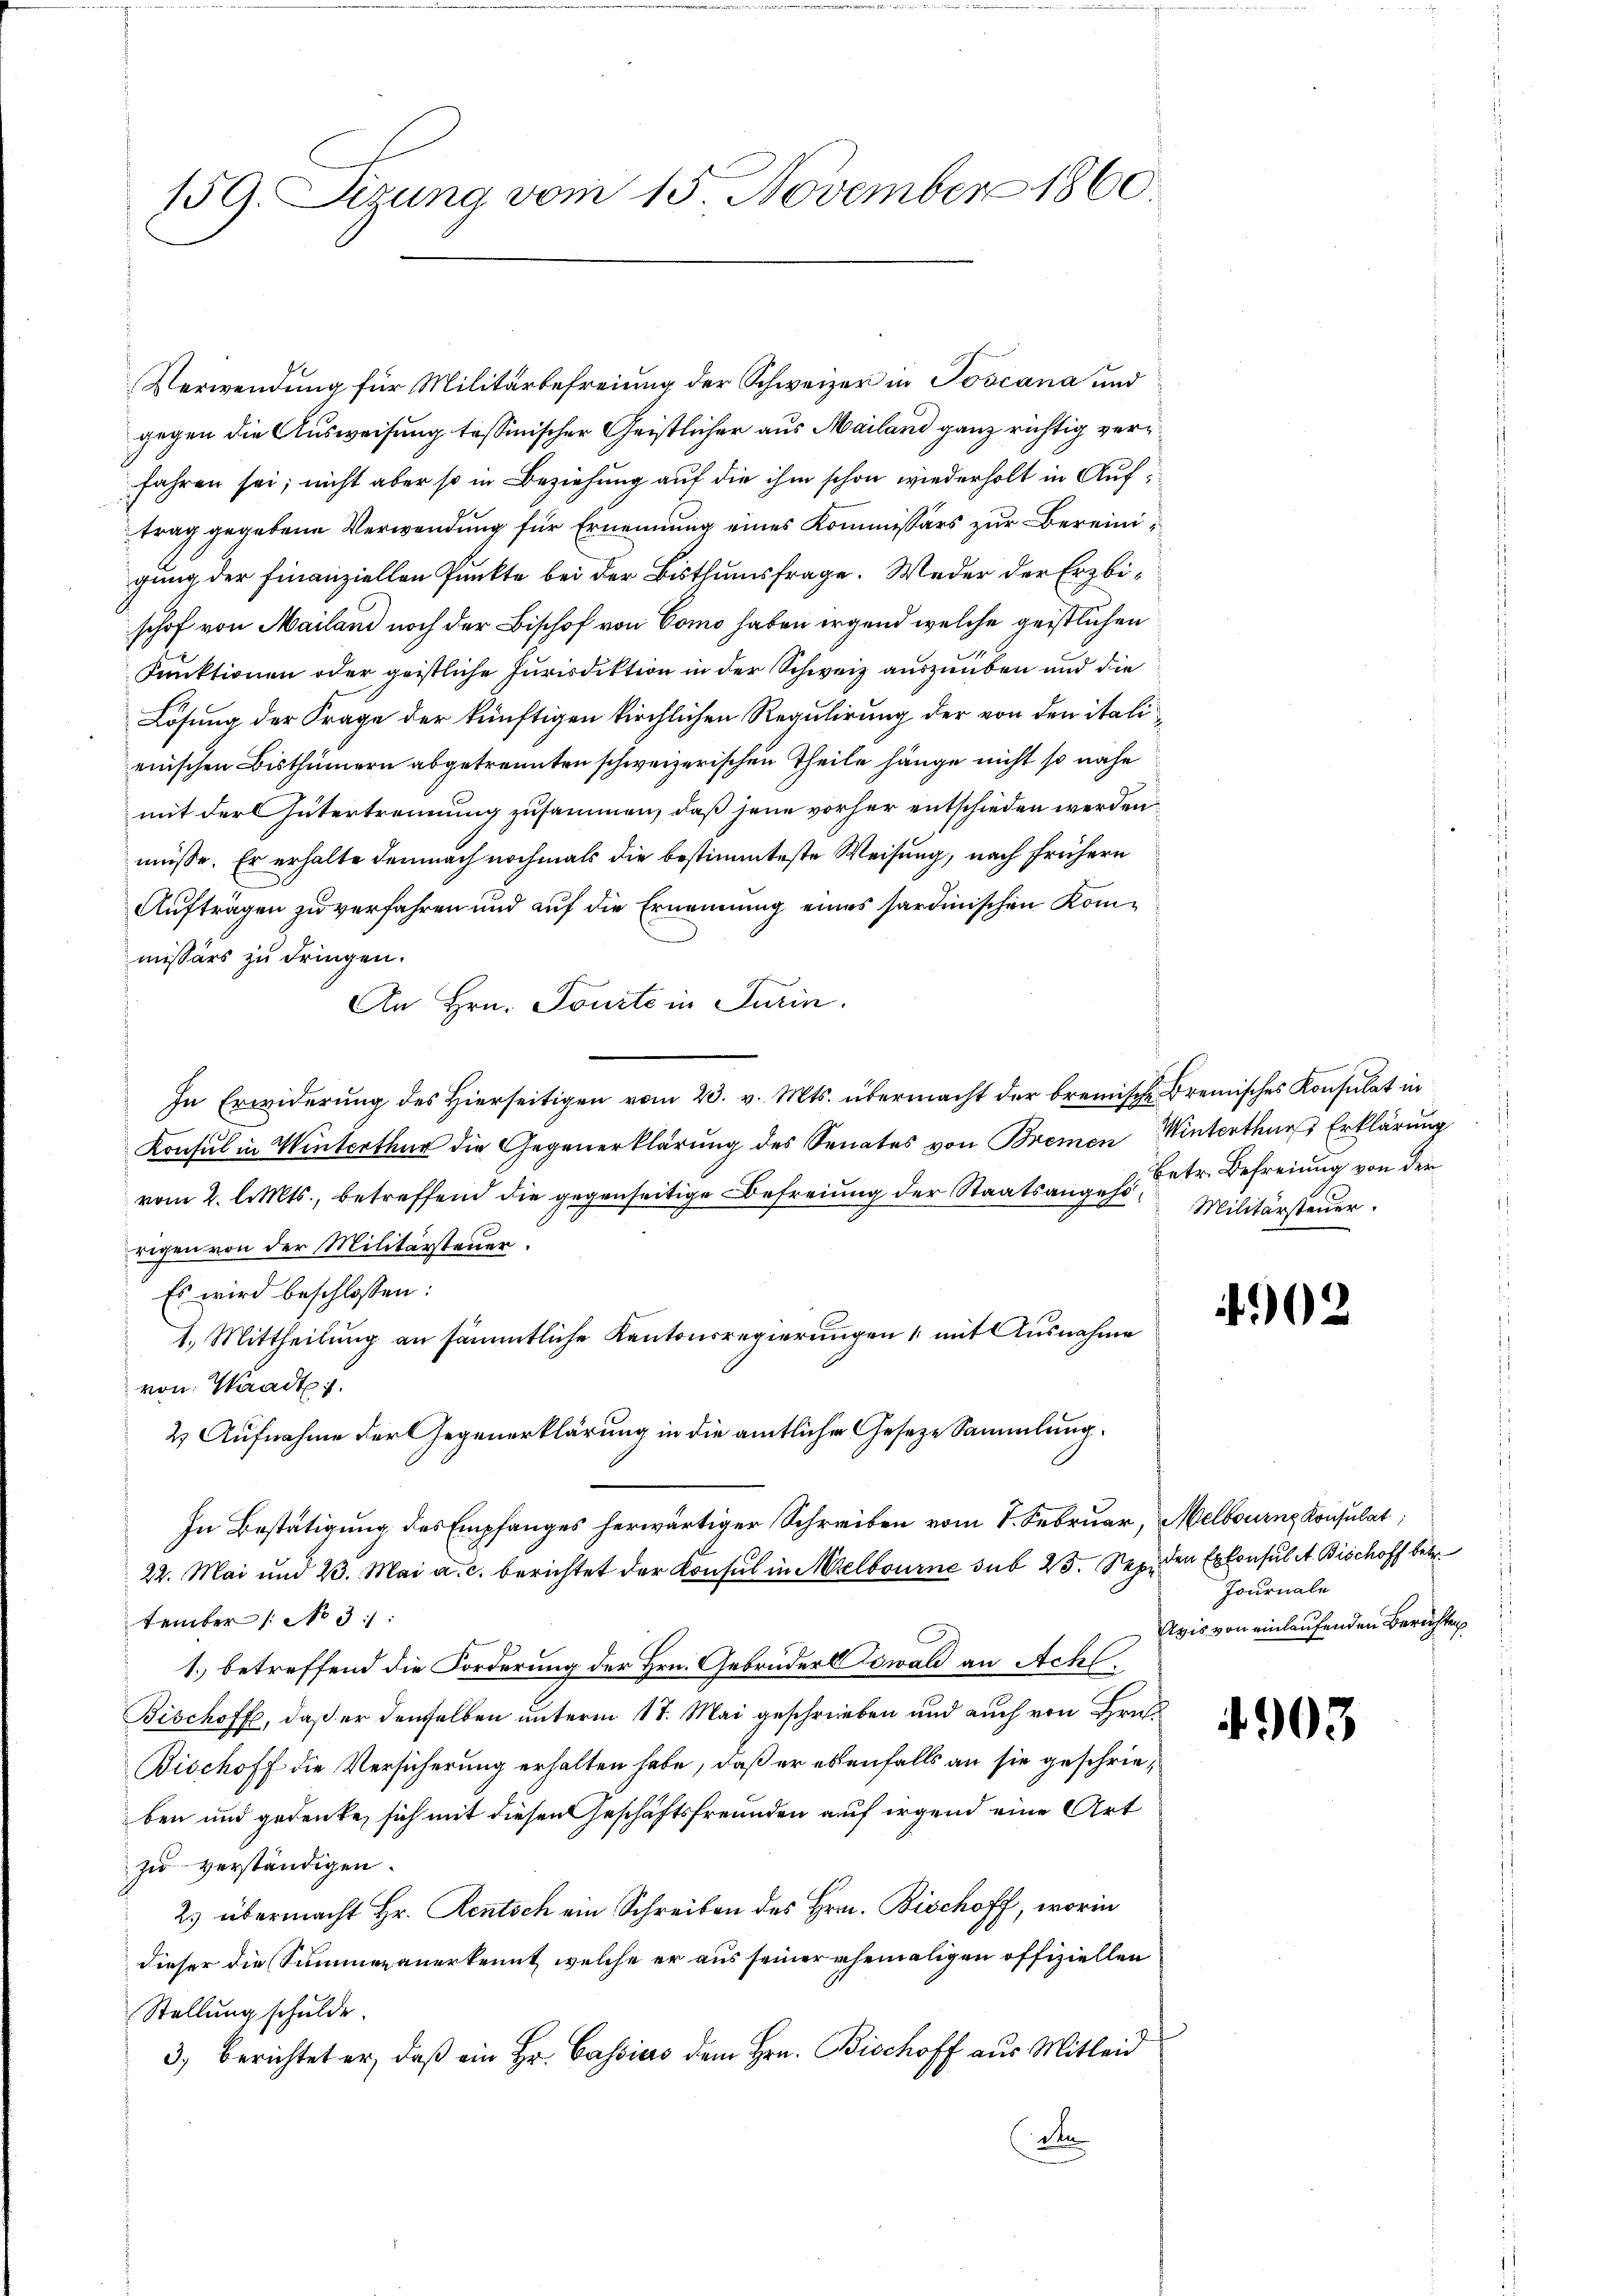
159. Sizung vom 15. November 1860

Verwendung für Militärbefreiung der Schweizer in Toscana und
gegen die Ausweisung tessinischer Geistlicher aus Mailand ganz richtig verfahren sei; nicht aber so in Beziehung auf die ihm schon wiederholt in Auftrag gegebene Verwendung für Ernennung eines Kommissärs zur Bereinigung der Finanziellen Punkte bei der Bisthumsfrage. Weder der Erzbischof von Mailand noch der Bischof von Como haben irgend welche geistlichen
Funktionen oder geistliche Jurisdiktion in der Schweiz auszuüben und die
Lösung der Frage der künftigen kirchlichen Regulirung der von den italiennischen Bisthümern abgetrennten schweizerischen Theile hänge nicht so nahe
mit der Gütertrennung zusammen, daß jene vorher entschieden werden.
müsse. Er erhalte demnach nochmals die bestimmteste Weisung, nach frühern
Aufträgen zu verfahren und auf die Ernennung eines sardinischen Kommissärs zu dringen.
An Hrn. Tourte in Turin.
In Erwiderung des Hierseitigen vom 23. v. Mts. übermacht der bremische Bremisches Konsulat in
Konsul in Winterthur die Gegenerklärung des Senates von Bremen Winterthur Erklärung
vom 2. l. Mts., betreffend die gegenseitige Befreiung der Staatsangehe Betr. Befreiung von der
rigen von der Militärsteuer.
Es wird beschlossen:
1.) Mittheilung an sämmtliche Kantonsregierungen mit Ausnahme
von Waadt.
2 Aufnahme der Gegenerklärung in die amtlicher Geseze Sammlung.
In Bestätigung des Empfanges herwärtiger Schreiben vom 1. Februar, Melbourne Konsulat,
22. Mai und 23. Mai a. c. berichtet der Konsul in Melbourne sub 25. Sep. den Exkonsul St. Bischoff betr.
tember /: No 3:
1.) betreffend die Forderung der Hrn. Gebrüder Kowald an Achl.
Bischoffe, daß er denselben unterm 17. Mai geschrieben und auch von Hrn.
Bischoff die Versicherung erhalten habe, daß er ebenfalls an sie geschrieben und gedenke, sich mit diesen Geschäftsfreunden auf irgend eine Art
zu verständigen.
2. übermacht Hr. Rentsch ein Schreiben des Hrn. Bischoff, worin
dieser die Summen anerkennt, welche er aus seiner ehemaligen offiziellen
Stellung schulde.
3) berichtet er, daß ein Hr. Cassias dem Hrn. Bischoff aus Mitleid
den

Militärsteuer.

402

Journale
Avis von einlaufenden Berichten

4903